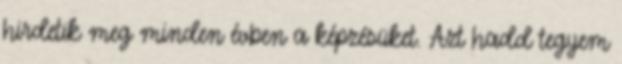
hirdetik meg minden évben a képzésüket. Azt hadd tegyem